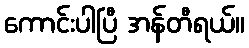
ကောင်းပါပြီ အန်တီရယ်။